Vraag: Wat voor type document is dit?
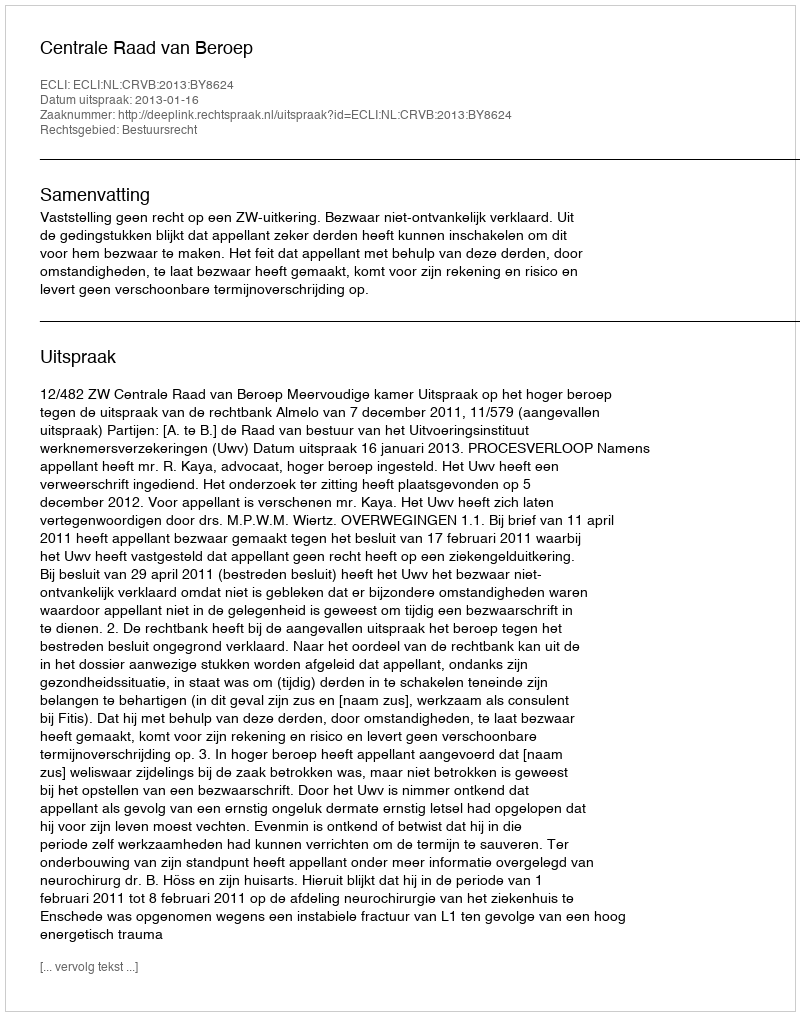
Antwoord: Uitspraak